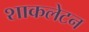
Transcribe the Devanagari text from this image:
शाकलेटन